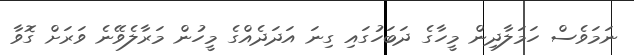
ނަމަވެސް ހަމަލާދިން މީހާގެ ދަބަހުގައި ގިނަ އަދަދެއްގެ މީހުން މަރާލެވޭނެ ވަރަށް ގޮވާ